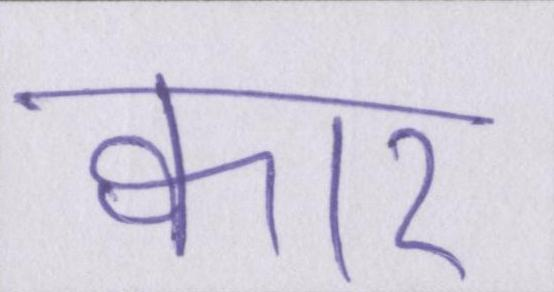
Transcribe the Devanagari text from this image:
क्वार